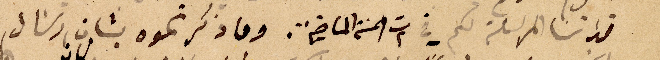
قداسا المرسلة لكم في ت٢ السنة الماضية. وما ذكرتموه بشان ارسال